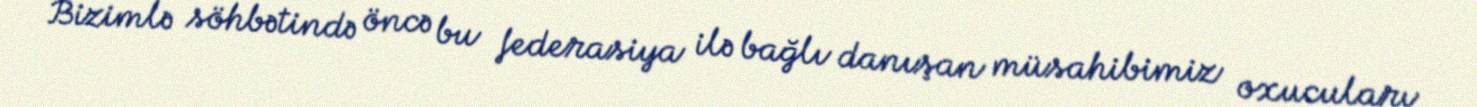
Bizimlə söhbətində öncə bu federasiya ilə bağlı danışan müsahibimiz oxucuları